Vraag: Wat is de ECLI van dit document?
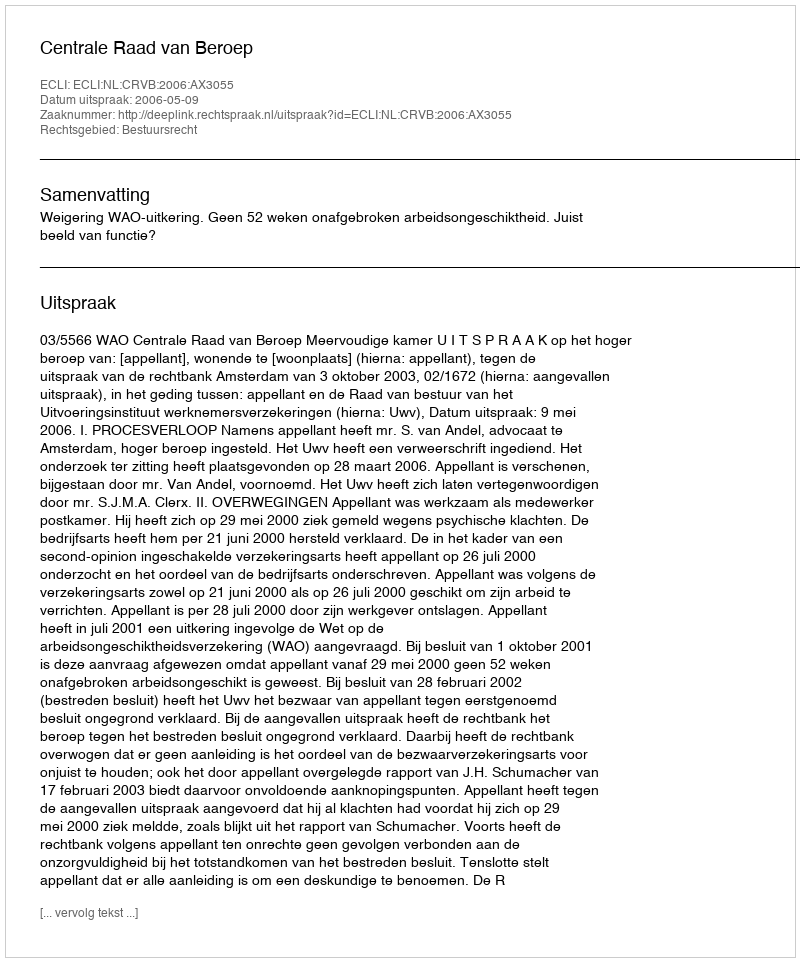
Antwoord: ECLI:NL:CRVB:2006:AX3055